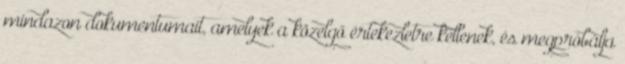
mindazon dokumentumait, amelyek a közelgő értekezletre kellenek, és megpróbálja